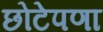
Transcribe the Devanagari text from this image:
छोटेपणा